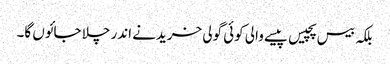
بلکہ بیس پچیس پیسے والی کوئی گولی خریدنے اندر چلا جائوں گا۔